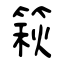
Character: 篍